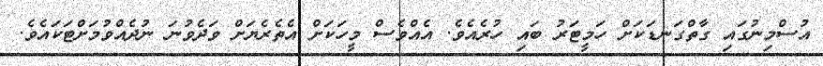
އުސްމިނުގައި ގާތްގަނޑަކަށް ހަމީޓަރު ބައި ހުރެއެވެ. އެއްވެސް މީހަކަށް އެތެރެޔަށް ވަދެވުނަ ނުދެއްވުމަށްޓަކައެވެ.